Regulations for the medical services of the Army of India
Year: 1930
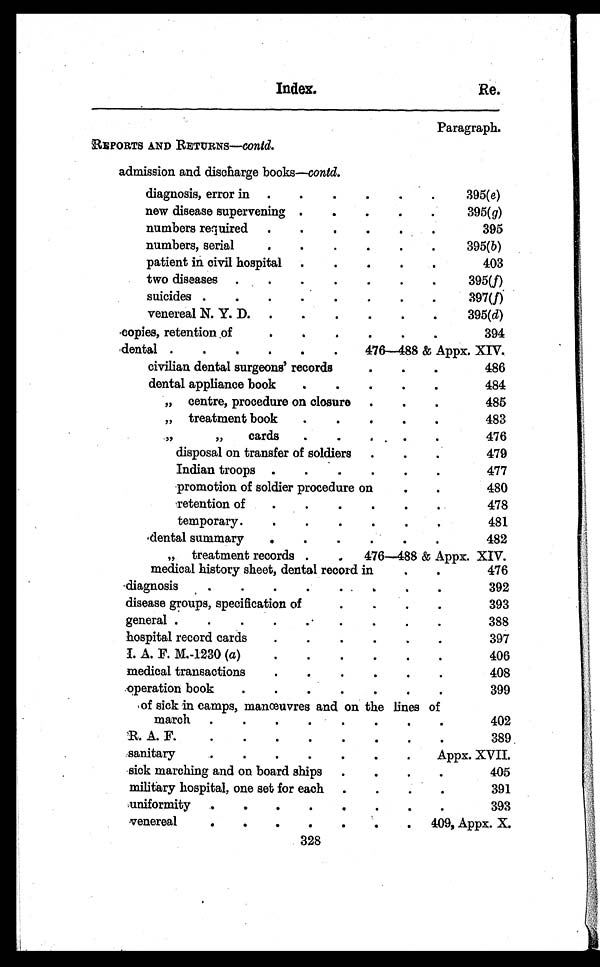
Index.
Re.
Paragraph.
REPORTS AND RETURNS—contd.
admission and discharge books— contd.
diagnosis, error in . . .
395( e)
new disease supervening . . .
395( g)
numbers required . . .
395
numbers, serial . . .
395(b)
patient in civil hospital . . .
403
two diseases . . .
395(f )
suicides . . .
397(f)
venereal N. Y. D. . .
395( d)
copies, retention of . . .
394
dental
476— 488& A p p x . X I V .
civilian dental surgeons' records . . .
486
dental appliance book . . .
484
„ centre, procedure on closure . . .
485
„ treatment book . . .
483
,,
„
cards . . .
476
disposal on transfer of soldiers . . .
479
Indian troops . . .
477
promotion of soldier procedure on . .
480
retention of . . .
478
temporary. . .
481
dental summary . . .
482
„ treatment records . .
476—488 & Appx. XIV.
medical history sheet, dental record in
476
diagnosis . . .
392
disease groups, specification of . . .
393
general . . .
388
hospital record cards . . .
397
I. A. F. M.–1230 ( a)
.
.
.
406
medical transactions . . .
408
operation book . . .
399
of sick in camps, manœuvres and on the lines of
march . . .
402
R. A. F. . .
389
sanitary . . .
Appx. XVII.
sick marching and on board ships . . .
405
military hospital, one set for each . . .
391
uniformity . . .
393
venereal . . .
409, Appx. X.
328